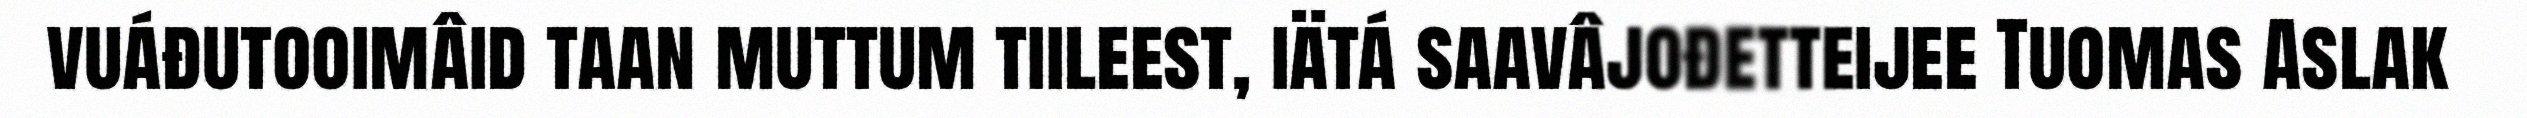
vuáđutooimâid taan muttum tiileest, iätá saavâjođetteijee Tuomas Aslak